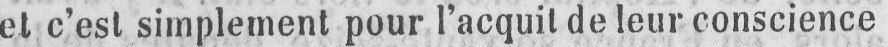
et c’est simplement pour l’acquit de leur conscience